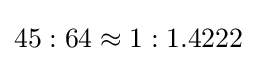
45:64\approx 1:1.4222